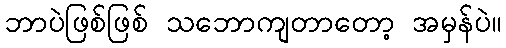
ဘာပဲဖြစ်ဖြစ် သဘောကျတာတော့ အမှန်ပဲ။